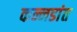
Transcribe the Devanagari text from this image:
कन्नडांत